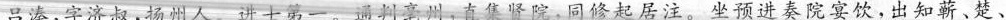
吕溱，字济叔，扬州人。进士第一。通判亳州，直集贤院，同修起居注。坐预进奏院宴饮。出知蕲、楚、